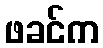
ဖခင်က